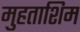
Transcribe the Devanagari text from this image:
मुहताशिम